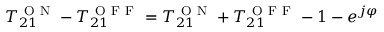
T _ { 2 1 } ^ { \mathrm { ~ O ~ N ~ } } - T _ { 2 1 } ^ { \mathrm { ~ O ~ F ~ F ~ } } = T _ { 2 1 } ^ { \mathrm { ~ O ~ N ~ } } + T _ { 2 1 } ^ { \mathrm { ~ O ~ F ~ F ~ } } - 1 - e ^ { j \varphi }